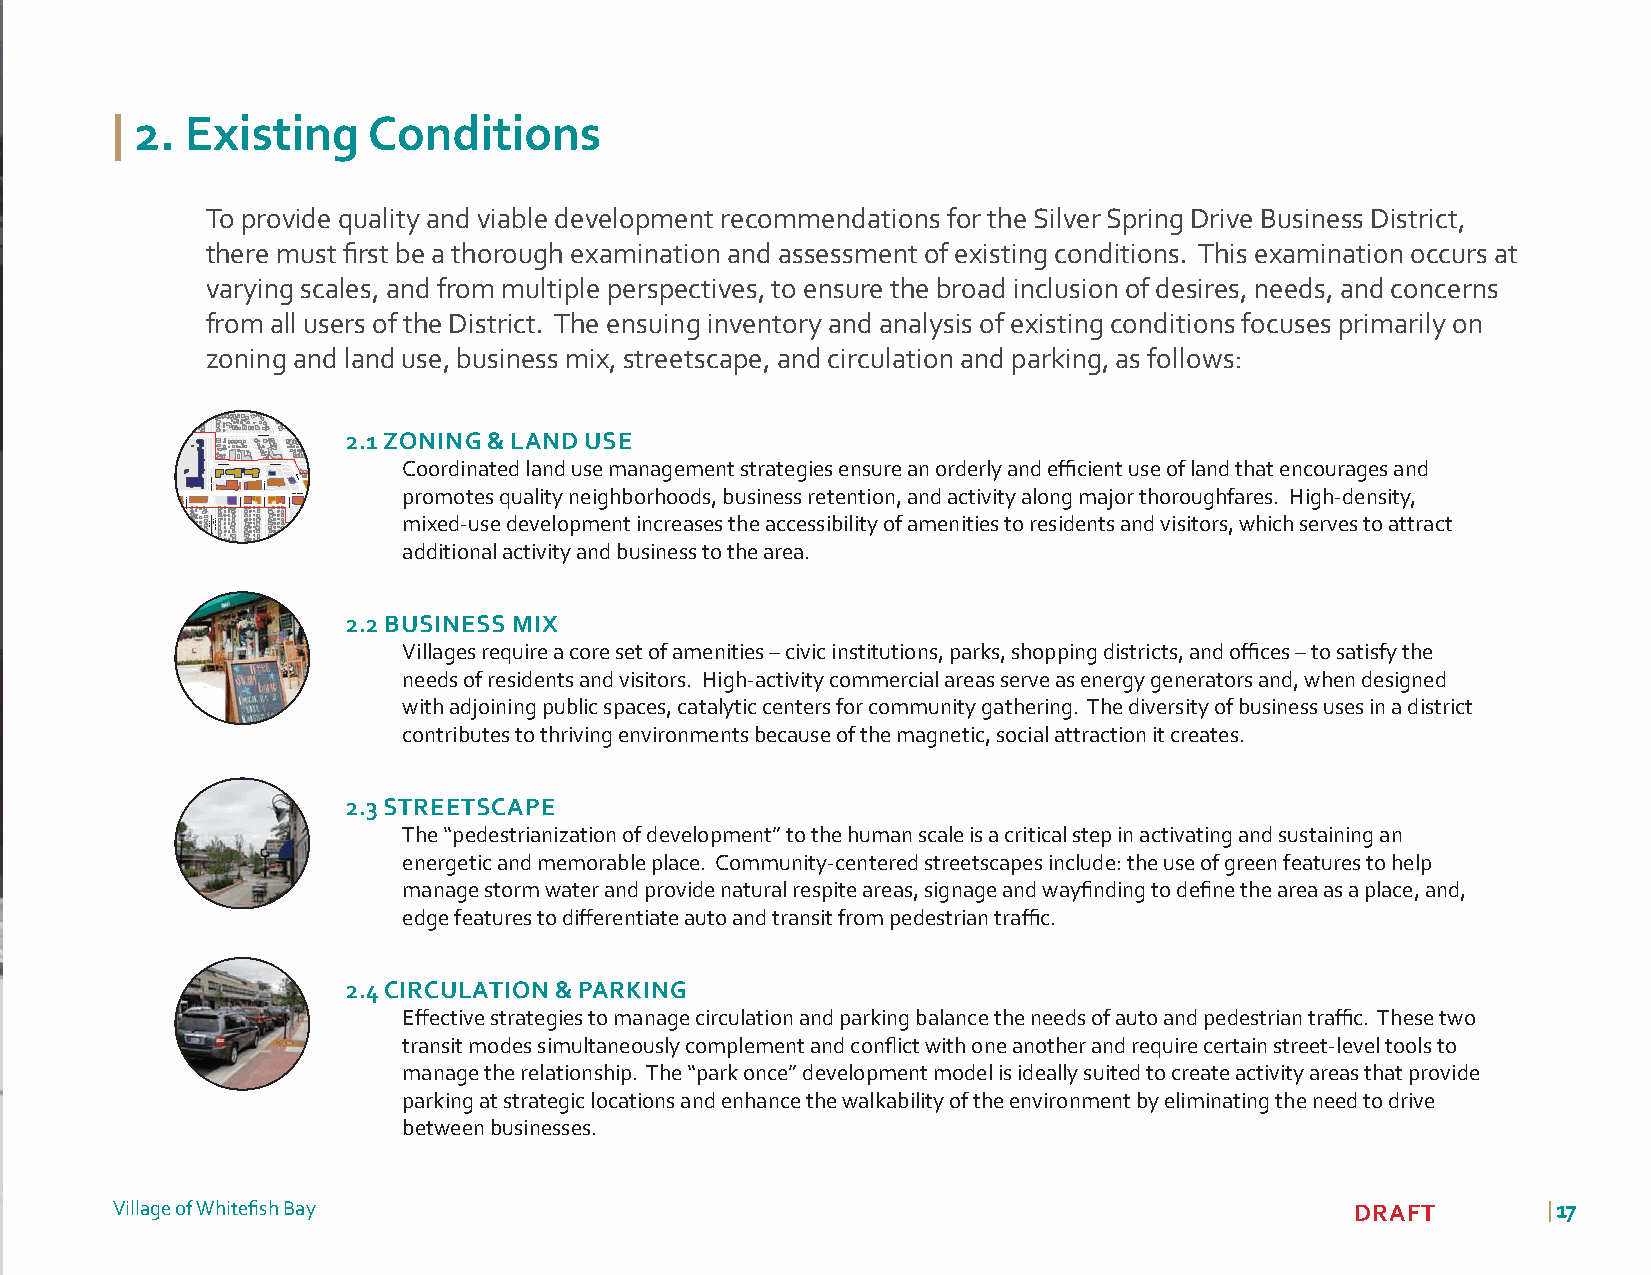
| 2. Existing    Conditions
 To provide quality and viable development recommendations for the Silver Spring Drive Business District,
 there must fi rst be a thorough examination and assessment of existing conditions. This examination occurs at
 varying scales, and from multiple perspectives, to ensure the broad inclusion of desires, needs, and concerns
 from all users of the District. The ensuing inventory and analysis of existing conditions focuses primarily on
 zoning and land use, business mix, streetscape, and circulation and parking, as follows:
 E Lake View Ave 2.1 ZONING & LAND USE
 E Beaumont Ave E Beaumont Ave Coordinated land use management strategies ensure an orderly and effi cient use of land that encourages and
 N Lake Dr g Dr E Silver Spring Dr promotes quality neighborhoods, business retention, and activity along major thoroughfares. High-density,
 mixed-use development increases the accessibility of amenities to residents and visitors, which serves to attract
 SHDO   additional activity and business to the area.
 2.2 BUSINESS MIX
 Villages require a core set of amenities – civic institutions, parks, shopping districts, and offi ces – to satisfy the
 needs of residents and visitors. High-activity commercial areas serve as energy generators and, when designed
 with adjoining public spaces, catalytic centers for community gathering. The diversity of business uses in a district
 contributes to thriving environments because of the magnetic, social attraction it creates.
 2.3 STREETSCAPE
 The “pedestrianization of development” to the human scale is a critical step in activating and sustaining an
 energetic and memorable place. Community-centered streetscapes include: the use of green features to help
 manage storm water and provide natural respite areas, signage and wayfi nding to defi ne the area as a place, and,
 edge features to diff erentiate auto and transit from pedestrian traffi c.
 2.4 CIRCULATION & PARKING
 Eff ective strategies to manage circulation and parking balance the needs of auto and pedestrian traffi c. These two
 transit modes simultaneously complement and confl ict with one another and require certain street-level tools to
 manage the relationship. The “park once” development model is ideally suited to create activity areas that provide
 parking at strategic locations and enhance the walkability of the environment by eliminating the need to drive
 between businesses.
 Village of Whitefi sh Bay                                                          DRAFT       | 1177
 N Shoreland Ave N Santa Monica Blvd
 DMO7I.LW5W mNAiTlUeOKsWEEN
 N Berkeley Blvd N Consaul Pl N Diversey Blvd N Hollywood Ave N Marlborough Dr